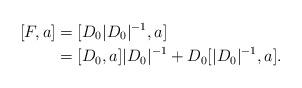
LaTeX: \begin{align*} [F,a] &= [D_0|D_0|^{-1},a]\\ &= [D_0,a]|D_0|^{-1}+D_0[|D_0|^{-1},a]. \end{align*}